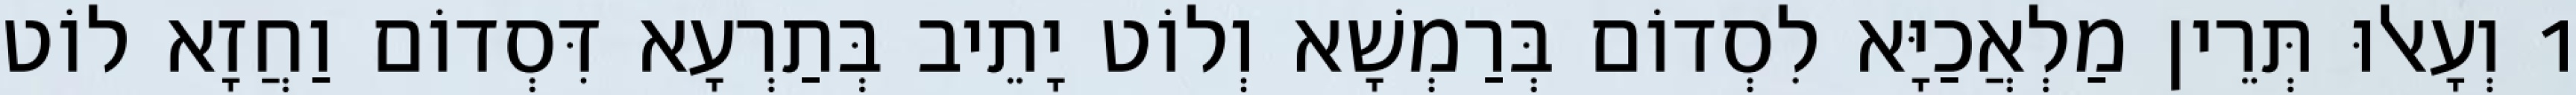
1 וְעָאלוּ תְּרֵין מַלְאֲכַיָּא לִסְדוֹם בְּרַמְשָׁא וְלוֹט יָתֵיב בְּתַרְעָא דִּסְדוֹם וַחֲזָא לוֹט